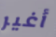
أغير